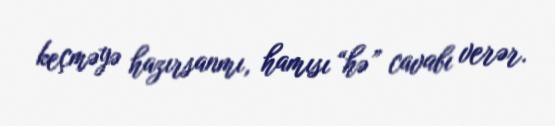
keçməyə hazırsanmı, hamısı “hə” cavabı verər.